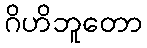
ဂိဟိဘူတော